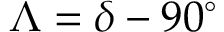
\Lambda = \delta - 9 0 ^ { \circ }